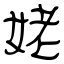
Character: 姥